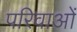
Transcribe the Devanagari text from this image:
परिवाओं